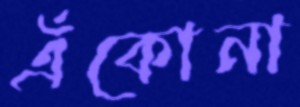
এঁকোনা